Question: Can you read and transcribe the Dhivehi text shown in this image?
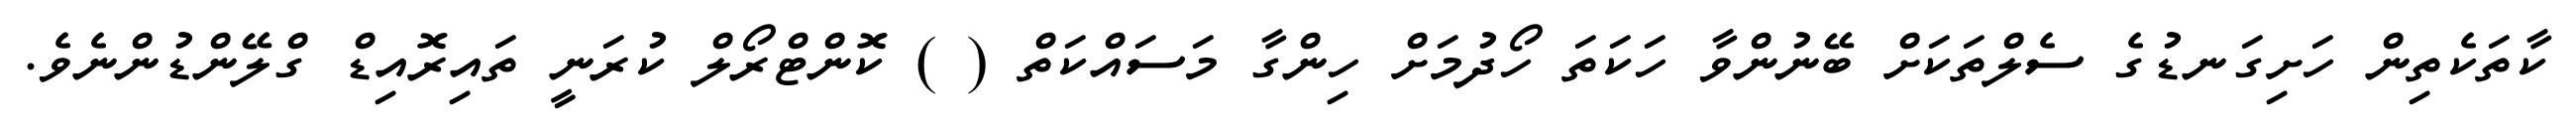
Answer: ކާތަކެތިން ހަށިގަނޑުގެ ސެލްތަކަށް ބޭނުންވާ ހަކަތަ ހޯދުމަށް ހިންގާ މަސައްކަތް ( ) ކޮންޓްރޯލް ކުރަނީ ތައިރޮއިޑް ގްލޭންޑުންނެވެ.